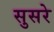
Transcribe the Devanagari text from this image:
सुसरे